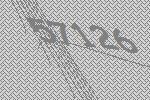
57126